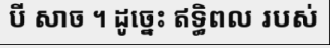
បី សាច ។ ដូច្នេះ ឥទ្ធិពល របស់